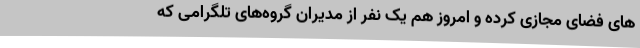
های فضای مجازی کرده و امروز هم یک نفر از مدیران گروه‌های تلگرامی که